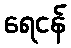
ရေငန်